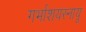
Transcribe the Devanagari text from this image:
गर्भाशयस्नायू